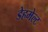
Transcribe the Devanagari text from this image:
डेहमेल्ट